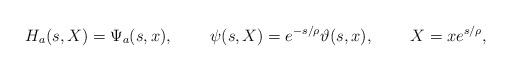
LaTeX: \begin{align*}H_a(s,X)&=\Psi_a(s,x),&\psi(s,X)&=e^{-s/\rho}\vartheta(s,x),&X&=xe^{s/\rho},\end{align*}